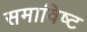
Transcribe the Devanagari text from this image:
समाविष्‍ट